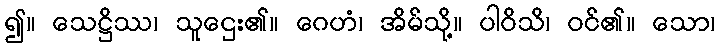
၍။ သေဋ္ဌိဿ၊ သူဌေး၏။ ဂေဟံ၊ အိမ်သို့။ ပါဝိသိ၊ ဝင်၏။ သော၊